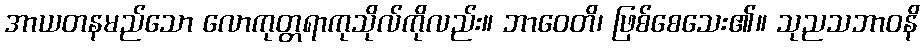
အာယတနမည်သော လောကုတ္တရာကုသိုလ်ကိုလည်း။ ဘာဝေတိ၊ ဖြစ်စေသေး၏။ သုညသဘာဝနိ